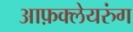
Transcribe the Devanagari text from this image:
आफ़क्लेयरुंग